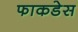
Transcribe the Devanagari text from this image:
फाकडेस